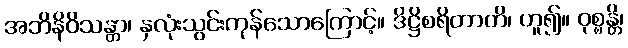
အဘိနိဝိသန္တာ၊ နှလုံးသွင်းကုန်သောကြောင့်။ ဒိဋ္ဌိစရိတာတိ၊ ဟူ၍။ ဝုစ္စန္တိ၊